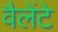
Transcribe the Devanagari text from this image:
वैलेंटे